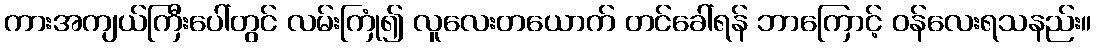
ကားအကျယ်ကြီးပေါ်တွင် လမ်းကြုံ၍ လူလေးတယောက် တင်ခေါ်ရန် ဘာကြောင့် ဝန်လေးရသနည်း။